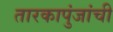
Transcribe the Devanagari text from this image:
तारकापुंजांची